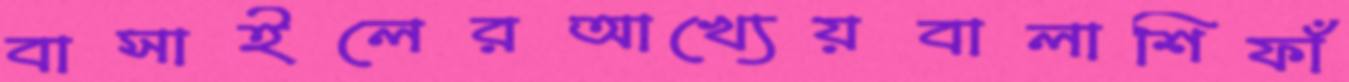
বাসাইলেরআখ্যেয়বালাশিফাঁ